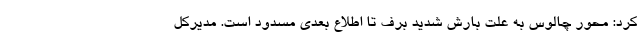
کرد: محور چالوس به علت بارش شدید برف تا اطلاع بعدی مسدود است. مدیرکل